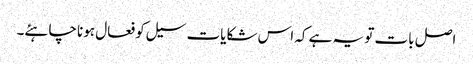
اصل بات تو یہ ہے کہ اس شکایات سیل کو فعال ہونا چاہئے۔